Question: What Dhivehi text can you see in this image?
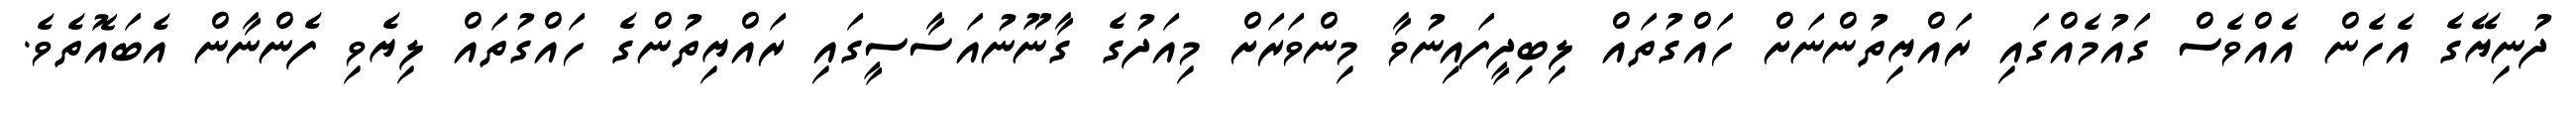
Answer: ދުނިޔޭގެ އެހެން އެއްވެސް ގައުމެއްގައި ރައްޔިތުންނަށް ހައްގުތައް ލިބިދީފައިނުވާ މިންވަރަށް މިއަދުގެ ގާނޫނުއަސާސީގައި ރައްޔިތުންގެ ހައްގުތައް ލިޔެވި ފެންނާން އެބައޮތެވެ.